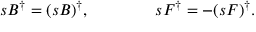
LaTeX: s B ^ { \dagger } = ( s B ) ^ { \dagger } , \qquad \qquad s F ^ { \dagger } = - ( s F ) ^ { \dagger } .